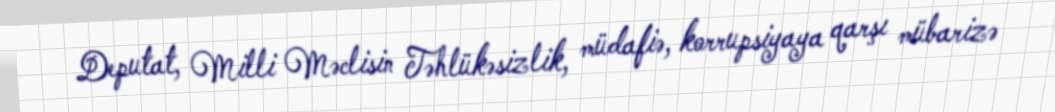
Deputat, Milli Məclisin Təhlükəsizlik, müdafiə, korrupsiyaya qarşı mübarizə